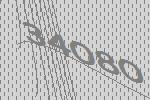
34080